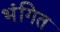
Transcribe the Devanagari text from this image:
भंगित